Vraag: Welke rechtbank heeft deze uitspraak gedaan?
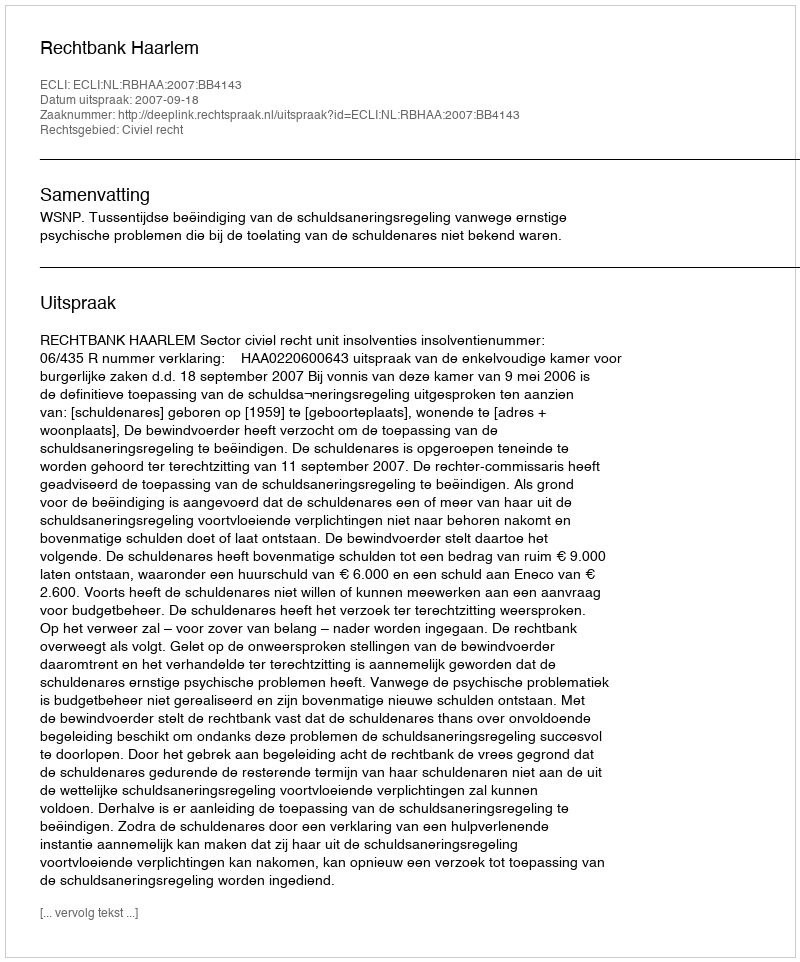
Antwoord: Rechtbank Haarlem